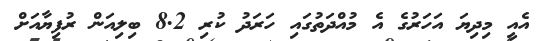
އެއީ މިދިޔަ އަހަރުގެ އެ މުއްދަތުގައި ހަރަދު ކުރި 8.2 ބިލިއަން ރުފިޔާއަށް